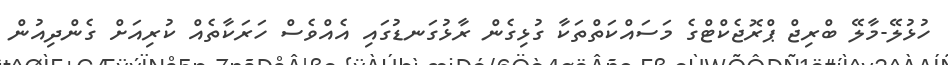
ހުޅުލޭ-މާލޭ ބްރިޖް ޕްރޮޖެކްޓްގެ މަސައްކަތްތަކާ ގުޅިގެން ރާޅުގަނޑުގައި އެއްވެސް ހަރަކާތެއް ކުރިއަށް ގެންދިއުން